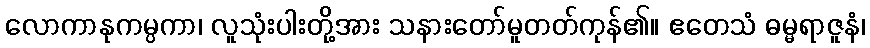
လောကာနုကမ္ပကာ၊ လူသုံးပါးတို့အား သနားတော်မူတတ်ကုန်၏။ ဧတေသံ ဓမ္မရာဇူနံ၊